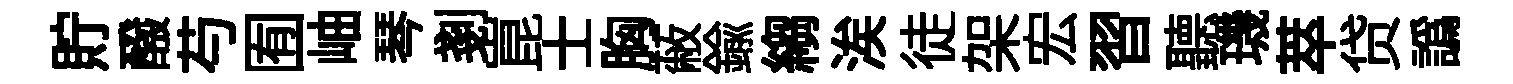
貯醱芍囿岫琴剗崑士胸蔽鍮縐涘徒架宏習聽璣萃贷譌